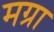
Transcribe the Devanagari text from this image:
मग्रा